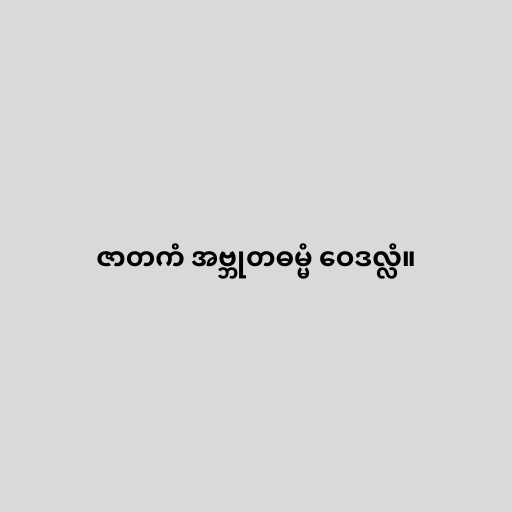
ဇာတကံ အဗ္ဘုတဓမ္မံ ဝေဒလ္လံ။